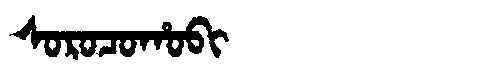
Manchu: ᠰᠣᡵᠣᠴᠣᡥᠣᠪᡳ
Romanization: SOROCOHOBI